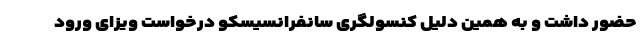
حضور داشت و به همین دلیل کنسولگری سانفرانسیسکو درخواست ویزای ورود